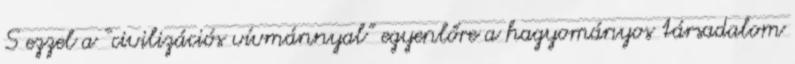
S ezzel a “civilizációs vívmánnyal” egyenlőre a hagyományos társadalom